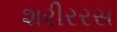
શરીરરસ